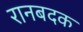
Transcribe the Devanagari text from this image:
रानबदक